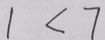
1 < 7